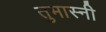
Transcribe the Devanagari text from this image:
तुमास्नी